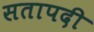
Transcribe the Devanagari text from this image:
सतापदी